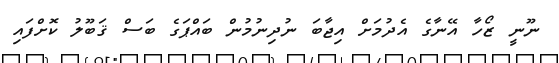
ނޫނީ ޒޯހާ އޭނާގެ އެދުމަށް އިޖާބަ ނުދިނުމުން ބައްޕަގެ ބަސް ޤަބޫލު ކޮށްފައި